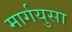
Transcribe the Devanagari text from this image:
मार्गयुसा